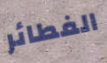
الفطائر